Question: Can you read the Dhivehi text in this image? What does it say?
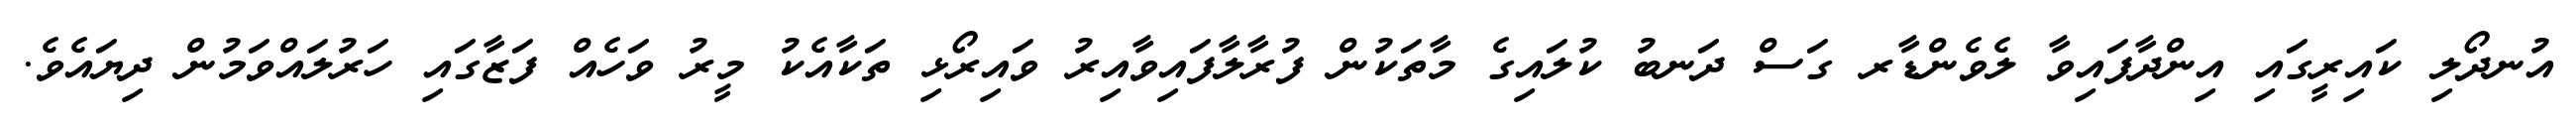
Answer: އުނދޯލި ކައިރީގައި އިންދާފައިވާ ލެވެންޑާރ ގަސް ދަނބު ކުލައިގެ މާތަކުން ފުރާލާފައިވާއިރު ވައިރޯޅި ތަކާއެކު މީރު ވަހެއް ފަޒާގައި ހަރުލައްވަމުން ދިޔައެވެ.